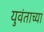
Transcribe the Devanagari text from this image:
युवंताच्या